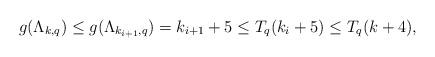
LaTeX: \begin{align*} g(\Lambda_{k,q})\leq g(\Lambda_{k_{i+1},q})=k_{i+1}+5\leq T_q(k_i+5)\leq T_q(k+4),\end{align*}